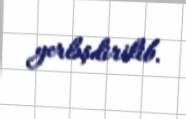
yerləşdirilib.